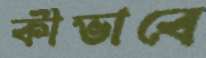
কীভাবে